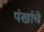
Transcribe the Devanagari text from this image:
पंखांचे